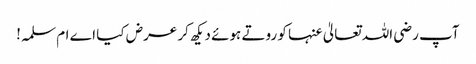
آپ رضی اللہ تعالیٰ عنہا کو روتے ہوئے دیکھ کر عرض کیا اے ام سلمہ!